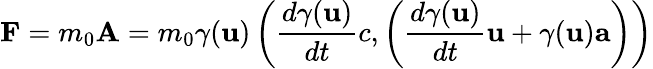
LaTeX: \mathbf{F}=m_{0}\mathbf{A}=m_{0}\gamma(\mathbf{u})\left({\frac{d{\gamma}(\mathbf{u})}{dt}}c,\left({\frac{d{\gamma}(\mathbf{u})}{dt}}\mathbf{u}+\gamma(\mathbf{u})\mathbf{a}\right)\right)